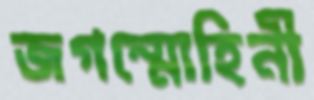
জগন্মোহিনী